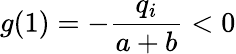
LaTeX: g(1)=-\frac{q_{i}}{a+b}<0